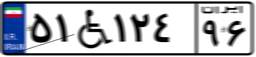
۵۱W۱۲۴۹۶